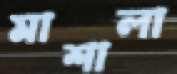
মাশালা